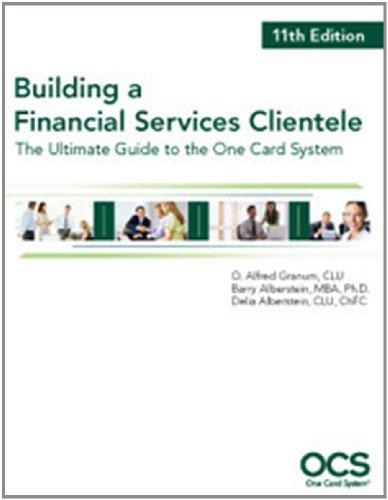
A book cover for Building a Financial Services Clientele (One Card System); Barry Alberstein; Business & Money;